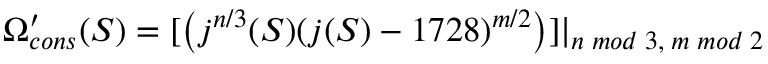
\Omega _ { c o n s } ^ { \prime } ( S ) = [ \left( j ^ { n / 3 } ( S ) ( j ( S ) - 1 7 2 8 ) ^ { m / 2 } \right) ] | _ { n \; m o d \; 3 , \; m \; m o d \; 2 }